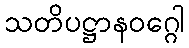
သတိပဋ္ဌာနဝဂ္ဂေါ